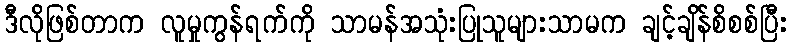
ဒီလိုဖြစ်တာက လူမှုကွန်ရက်ကို သာမန်အသုံးပြုသူများသာမက ချင့်ချိန်စိစစ်ပြီး